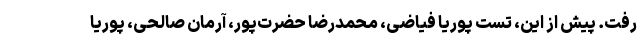
رفت. پیش از این، تست پوریا فیاضی، محمدرضا حضرت‌پور، آرمان صالحی، پوریا